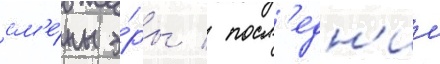
см'е́ны э́ры / посл'едн'ии